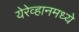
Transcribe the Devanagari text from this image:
येरेव्हानमध्ये